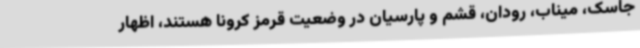
جاسک، میناب، رودان، قشم و پارسیان در وضعیت قرمز کرونا هستند، اظهار